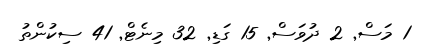
1 މަސް